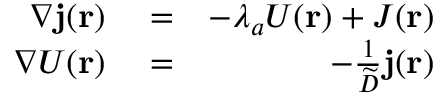
\begin{array} { r l r } { \nabla { \bf j } ( { \bf r } ) } & { { } = } & { - \lambda _ { a } U ( { \bf r } ) + { \cal J } ( { \bf r } ) } \\ { \nabla U ( { \bf r } ) } & { { } = } & { - \frac { 1 } { \widetilde D } { \bf j } ( { \bf r } ) } \end{array}